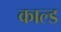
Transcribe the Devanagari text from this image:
काल्ड